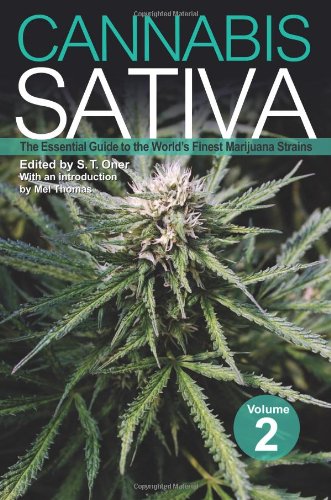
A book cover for Cannabis Sativa Volume 2: The Essential Guide to the World's Finest Marijuana Strains; Crafts, Hobbies & Home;